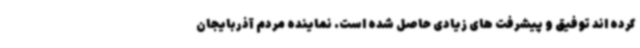
کرده اند توفیق و پیشرفت های زیادی حاصل شده است. نماینده مردم آذربایجان